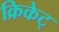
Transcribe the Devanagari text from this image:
क्रिकेट्